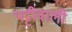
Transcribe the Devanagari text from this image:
पट्टीवाली